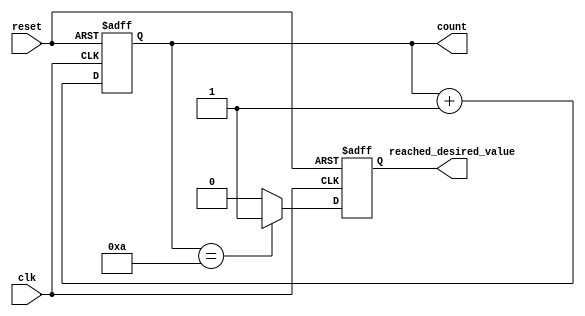
module counter (
    input clk,
    input reset,
    output reg [3:0] count,
    output reg reached_desired_value
);

parameter desired_value = 4'd10;

always @(posedge clk or posedge reset) begin
    if (reset) begin
        count <= 4'd0;
        reached_desired_value <= 1'b0;
    end else begin
        count <= count + 1;
        if (count == desired_value) begin
            reached_desired_value <= 1'b1;
        end else begin
            reached_desired_value <= 1'b0;
        end
    end
end

endmodule